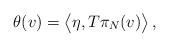
LaTeX: \begin{align*} \theta(v)=\bigl\langle\eta,T\pi_N(v)\bigr\rangle\,, \end{align*}